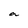
Character: a